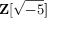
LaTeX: \mathbf { Z } [ { \sqrt { - 5 } } ]